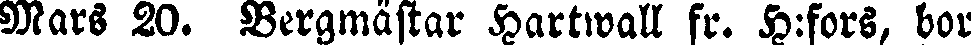
Mars 20. Bergmästar Hartwall fr. H:fors, bor